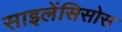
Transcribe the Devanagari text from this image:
साइलेंसिसोस